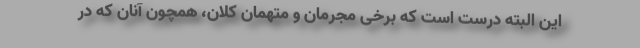
این البته درست است که برخی مجرمان و متهمان کلان، همچون آنان که در